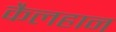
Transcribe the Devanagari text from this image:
कैलहान